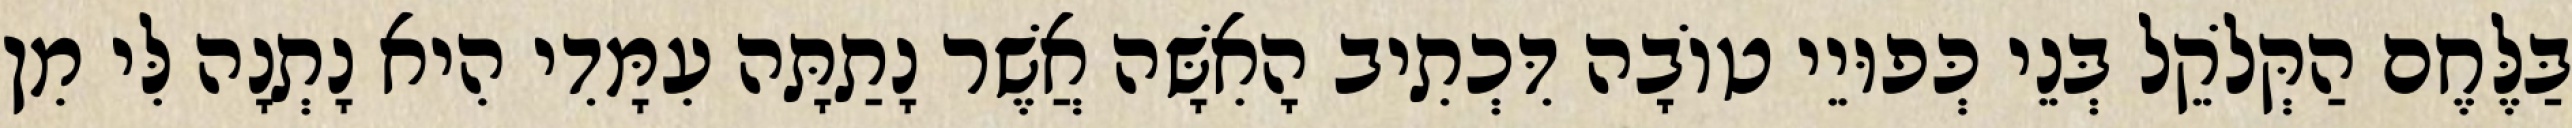
בַּלֶּחֶם הַקְּלֹקֵל בְּנֵי כְּפוּיֵי טוֹבָה דִּכְתִיב הָאִשָּׁה אֲשֶׁר נָתַתָּה עִמָּדִי הִיא נָתְנָה לִּי מִן